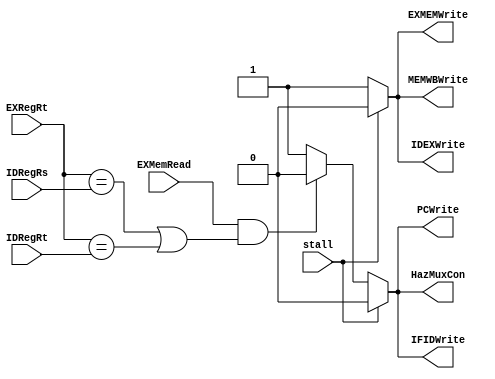
module HazardUnit(IDRegRs,IDRegRt,EXRegRt,EXMemRead,PCWrite,stall,IFIDWrite,IDEXWrite,EXMEMWrite, MEMWBWrite,HazMuxCon);
    input [4:0] IDRegRs,IDRegRt,EXRegRt;
    input EXMemRead, stall;
    output reg PCWrite, IFIDWrite, HazMuxCon, IDEXWrite,EXMEMWrite, MEMWBWrite;
    
    always@*
    if (stall)
        begin
            PCWrite = 0;
            IFIDWrite = 0;
            HazMuxCon = 0;
            IDEXWrite = 0;
            EXMEMWrite = 0;
            MEMWBWrite = 0;
        end
    else if(EXMemRead&((EXRegRt == IDRegRs)|(EXRegRt == IDRegRt)))
        begin//stall
            PCWrite = 0;
            IFIDWrite = 0;
            HazMuxCon = 0;
            IDEXWrite = 1;
            EXMEMWrite = 1;
            MEMWBWrite = 1;
        end
    else
        begin//no stall
            PCWrite   = 1;
            IFIDWrite = 1;
            HazMuxCon = 1;
            IDEXWrite = 1;
            EXMEMWrite = 1;
            MEMWBWrite = 1;
        end
endmodule